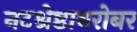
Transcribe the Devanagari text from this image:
नटश्रेष्ठाबरोबर